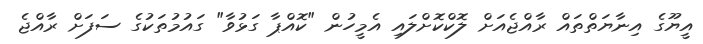
އީޔޫގެ އިނާޔަތްތައް ރާއްޖެއަށް ލޮކްކޮށްލައި އެމީހުން "ކޮއްޕާ ގަޅުވާ" ގައުމުތަކުގެ ސަފަށް ރާއްޖެ